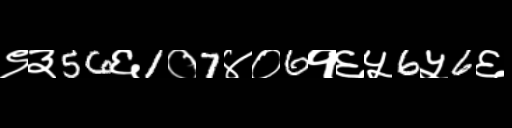
Text: ९३56६1०7४०6१६५6५6६